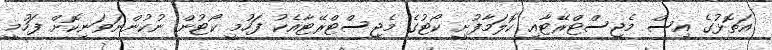
އަތޮޅުގެ އިސް މެޖިސްޓްރޭޓާއި ކޮލަމާފުށީ ކޯޓުގެ މެޖިސްޓްރޭޓާއެކު ފަހުމީ ކޯޓުން ނުކުންނަވަނިކޮށް ފަހުމީ